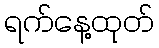
ရက်နေ့ထုတ်